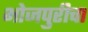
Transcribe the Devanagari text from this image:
भोजपुरीचा